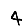
Digit: 4